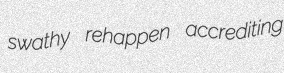
swathy rehappen accrediting